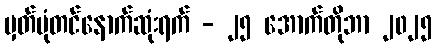
မှတ်ပုံတင်နောက်ဆုံးရက် - ၂၅ အောက်တိုဘာ ၂၀၂၅